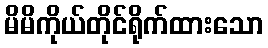
မိမိကိုယ်တိုင်ရိုက်ထားသော